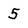
Character: 5